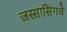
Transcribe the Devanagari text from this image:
जस्सासिंगचे